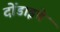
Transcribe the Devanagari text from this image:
दोंडाइचे